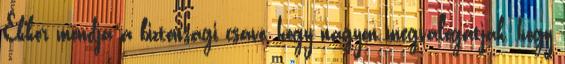
Ekkor mondja a biztonsági csávó, hogy nagyon megválogatják, hogy